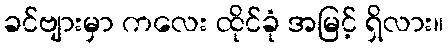
ခင်ဗျားမှာ ကလေး ထိုင်ခုံ အမြင့် ရှိလား။